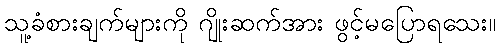
သူ့ခံစားချက်များကို ဂျိုးဆက်အား ဖွင့်မပြောရသေး။